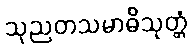
သုညတသမာဓိသုတ္တံ